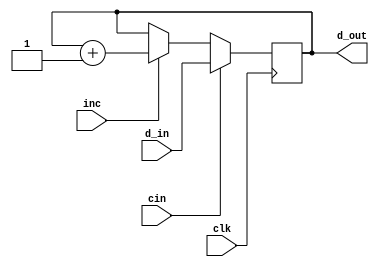
module reg_PC (clk, cin, inc,d_in, d_out);

input           clk, cin, inc;
input wire[7:0] d_in;
output reg[7:0] d_out = 8'd0;


always @ ( posedge clk )
begin
  if(cin)       d_out <= d_in;
  else if(inc)  d_out <= d_out + 1;
  else          d_out <= d_out;
end


endmodule